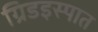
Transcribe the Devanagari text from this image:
ग्रिडइस्पात